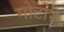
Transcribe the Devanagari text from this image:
मोटोर